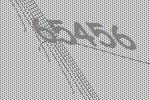
65456